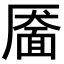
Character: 靥